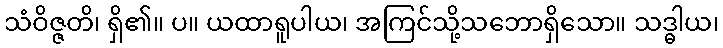
သံဝိဇ္ဇတိ၊ ရှိ၏။ ပ။ ယထာရူပါယ၊ အကြင်သို့သဘောရှိသော။ သဒ္ဓါယ၊